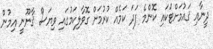
ދީނާއި ޤައުމަށްޓަކައި ކޮންމެ ފަދަ ކަމެއް ކުރުމަށް ގޮވާލިކަމުގައި ވިޔަސް ޤާނޫނީ އިމުން